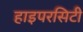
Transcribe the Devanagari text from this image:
हाइपरसिटी